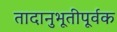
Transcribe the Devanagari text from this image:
तादानुभूतीपूर्वक